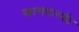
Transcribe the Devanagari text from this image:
खासदारकी